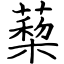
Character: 蔾